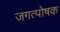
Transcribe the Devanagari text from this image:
जगत्पोषक